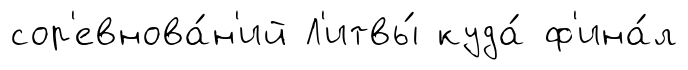
сор'евнова́н'ий Л'итвы́ куда́ ф'ина́л